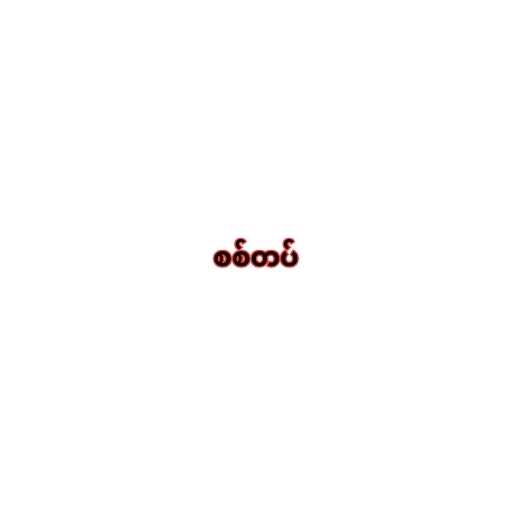
စစ်တပ်